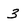
Character: 3